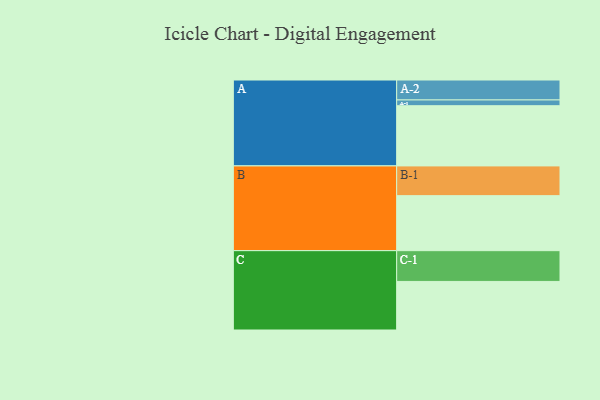
{"axis": {"x": "Segment", "y": "Value"}, "legend": ["", "A", "B", "C"], "data": [{"x": "A", "y": 522, "type": ""}, {"x": "B", "y": 477, "type": ""}, {"x": "C", "y": 421, "type": ""}, {"x": "A-1", "y": 50, "type": "A"}, {"x": "A-2", "y": 173, "type": "A"}, {"x": "B-1", "y": 258, "type": "B"}, {"x": "C-1", "y": 267, "type": "C"}]}